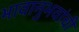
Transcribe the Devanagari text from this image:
भावानुभवांची